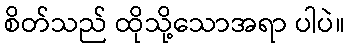
စိတ်သည် ထိုသို့သောအရာ ပါပဲ။